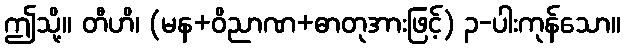
ဤသို့။ တီဟိ၊ (မန+ဝိညာဏ+ဓာတုအားဖြင့်) ၃-ပါးကုန်သော။